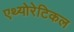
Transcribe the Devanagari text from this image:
एथ्योरेटिकल